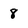
Character: 8